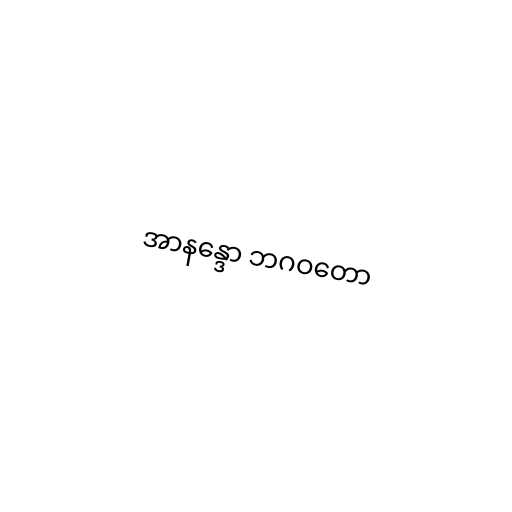
အာနန္ဒော ဘဂဝတော